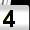
Digit: 4